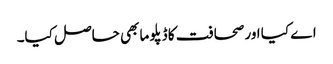
اے کیا اور صحافت کا ڈپلوما بھی حاصل کیا۔